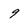
Character: 9